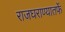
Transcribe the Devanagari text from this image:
राजघराण्यातर्फे